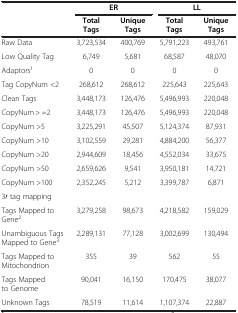
|  | <COLSPAN=2> ER | <COLSPAN=2> LL |
 |  | Total Tags | Unique Tags | Total Tags | Unique Tags |
 | --- | --- | --- | --- | --- |
 | Raw Data | 3,723,534 | 400,769 | 5,791,223 | 493,761 |
 | Low Quality Tag | 6,749 | 5,681 | 68,587 | 48,070 |
 | Adaptors1 | 0 | 0 | 0 | 0 |
 | Tag CopyNum <2 | 268,612 | 268,612 | 225,643 | 225,643 |
 | Clean Tags | 3,448,173 | 126,476 | 5,496,993 | 220,048 |
 | CopyNum > =2 | 3,448,173 | 126,476 | 5,496,993 | 220,048 |
 | CopyNum >5 | 3,225,291 | 45,507 | 5,124,374 | 87,931 |
 | CopyNum >10 | 3,102,559 | 29,281 | 4,884,200 | 56,377 |
 | CopyNum >20 | 2,944,609 | 18,456 | 4,552,034 | 33,675 |
 | CopyNum >50 | 2,659,626 | 9,541 | 3,950,181 | 14,721 |
 | CopyNum >100 | 2,352,245 | 5,212 | 3,399,787 | 6,871 |
 | 3′ tag mapping |  |  |  |  |
 | Tags Mapped to Gene2 | 3,279,258 | 98,673 | 4,218,582 | 159,029 |
 | Unambiguous Tags Mapped to Gene3 | 2,289,131 | 77,128 | 3,002,699 | 130,494 |
 | Tags Mapped to Mitochondrion | 355 | 39 | 562 | 55 |
 | Tags Mapped to Genome | 90,041 | 16,150 | 170,475 | 38,077 |
 | Unknown Tags | 78,519 | 11,614 | 1,107,374 | 22,887 |